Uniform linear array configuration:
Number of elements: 32
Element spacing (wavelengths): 0.5
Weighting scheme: kaiser
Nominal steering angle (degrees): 0
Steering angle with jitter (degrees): -1.064
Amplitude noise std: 0.05
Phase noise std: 0.05

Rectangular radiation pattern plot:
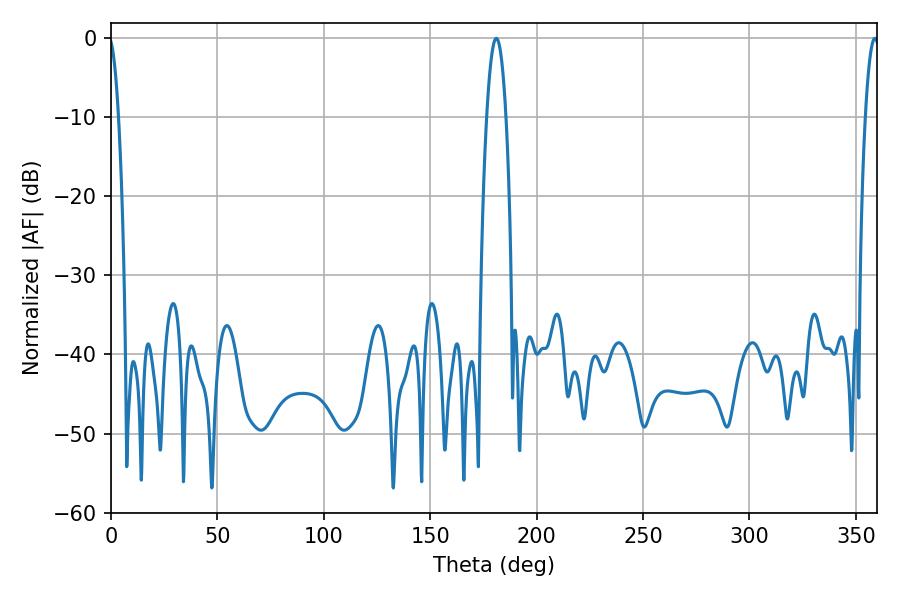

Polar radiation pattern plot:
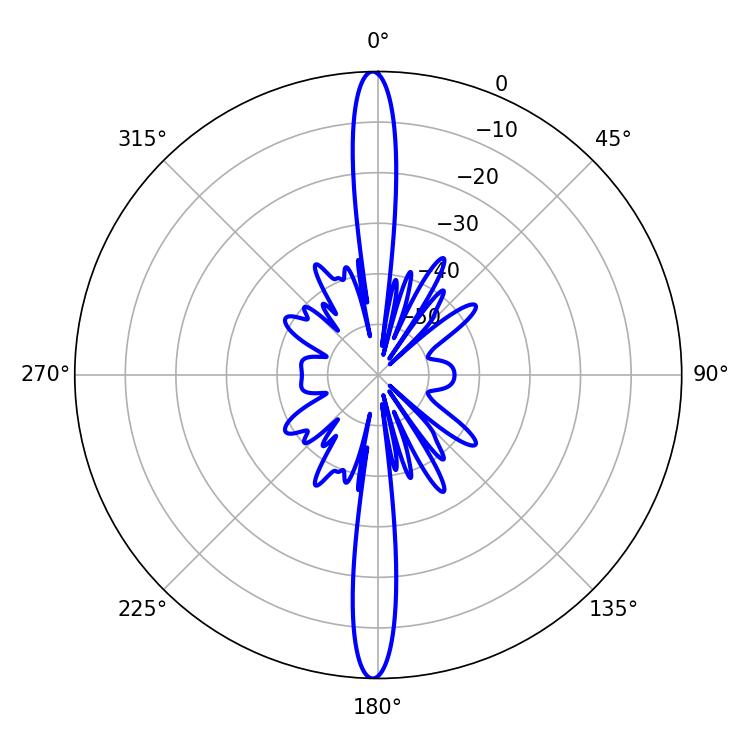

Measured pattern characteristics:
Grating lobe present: FALSE
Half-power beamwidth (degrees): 5.04
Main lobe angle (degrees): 181.08